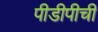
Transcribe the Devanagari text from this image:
पीडीपीची